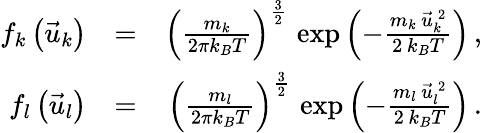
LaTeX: \begin{array}{rlr}{f_{k}\left(\vec{u}_{k}\right)}&{=}&{\left(\frac{m_{k}}{2\pi k_{B}T}\right)^{\frac{3}{2}}\, \exp\left(-\frac{m_{k}\, \vec{u}_{k}^{\, 2}}{2\, k_{B}T}\right)\, ,}\\ {f_{l}\left(\vec{u}_{l}\right)}&{=}&{\left(\frac{m_{l}}{2\pi k_{B}T}\right)^{\frac{3}{2}}\, \exp\left(-\frac{m_{l}\, \vec{u}_{l}^{\, 2}}{2\, k_{B}T}\right)\, .}\end{array}